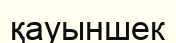
қауыншек